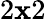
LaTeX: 2\mathbf{x}2